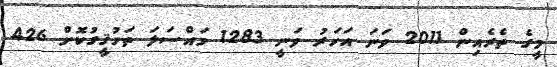
މީގެ ތެރެއިން 2011 ވަނަ އަހަރު ވަނީ 1283 މައްސަލަ ތަހުޤީގުކޮށް 426